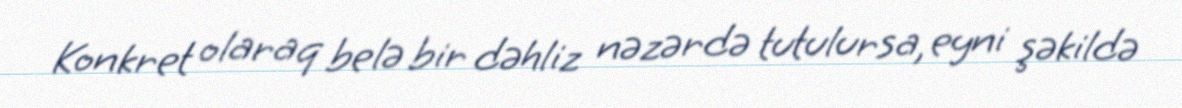
Konkret olaraq belə bir dəhliz nəzərdə tutulursa, eyni şəkildə